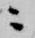
ニ